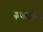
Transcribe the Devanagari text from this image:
कपाळावरून